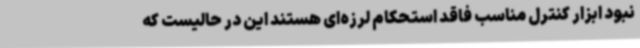
نبود ابزار کنترل مناسب فاقد استحکام لرزه‌ای هستند این در حالیست که